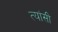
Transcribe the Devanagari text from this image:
त्यांसी